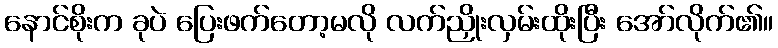
နောင်စိုးက ခုပဲ ပြေးဖက်တော့မလို လက်ညှိုးလှမ်းထိုးပြီး အော်လိုက်၏။